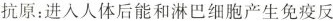
抗原：进入人体后能和淋巴细胞产生免疫反